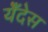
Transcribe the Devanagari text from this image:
येँदेस